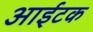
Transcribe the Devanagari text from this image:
आईटक